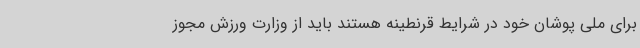
برای ملی پوشان خود در شرایط قرنطینه هستند باید از وزارت ورزش مجوز